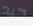
جيد